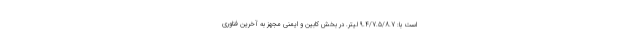
است با: 9.4/7.5/8.7 لیتر. در بخش کابین و ایمنی مجهز به آخرین فناوری